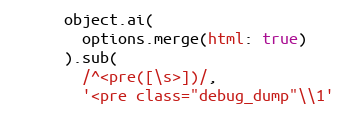
Language: Ruby
      object.ai(
        options.merge(html: true)
      ).sub(
        /^<pre([\s>])/,
        '<pre class="debug_dump"\\1'